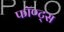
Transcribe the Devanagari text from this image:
फॉण्ट्स